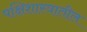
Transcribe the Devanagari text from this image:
पक्षिशास्त्रातील